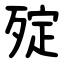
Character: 㱨